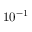
1 0 ^ { - 1 }